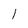
Character: l